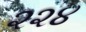
૨૨૪